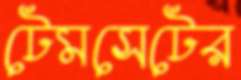
টেমসেটের